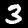
Digit: 3